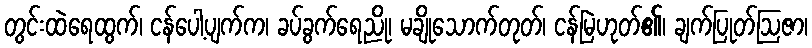
တွင်းထဲရေထွက်၊ ငန်ပေါ့ပျက်က၊ ခပ်ခွက်ရေညို၊ မချိုသောက်တုတ်၊ ငန်မြဲဟုတ်၏၊ ချက်ပြုတ်ဩဇာ၊